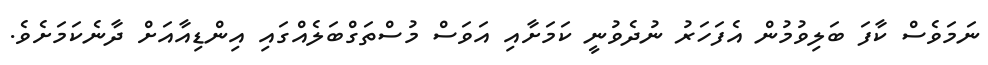
ނަމަވެސް ކާފަ ބަލިވުމުން އެފަހަރު ނުދެވުނީ ކަމަށާއި އަވަސް މުސްތަގްބަލެއްގައި އިންޑިއާއަށް ދާނެކަމަށެވެ.